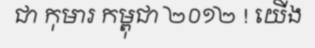
ជា កុមារ កម្ពុជា ២០១២ ! យើង